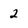
Character: 2